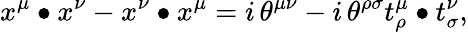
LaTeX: x^{\mu}\bullet x^{\nu}-x^{\nu}\bullet x^{\mu}=i\, \theta^{\mu\nu}-i\, \theta^{\rho\sigma}t_{\rho}^{\mu}\bullet t_{\sigma}^{\nu},